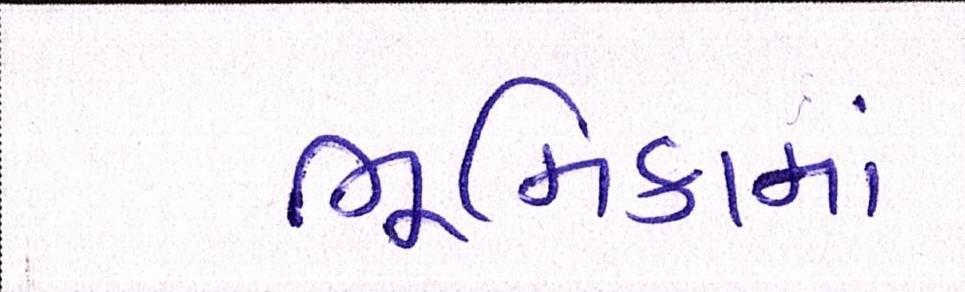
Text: ભૂમિકામાં